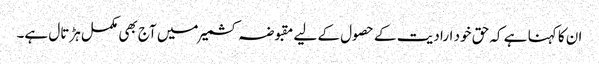
ان کا کہنا ہے کہ حق خود ارادیت کے حصول کے لیے مقبوضہ کشمیر میں آج بھی مکمل ہڑتال ہے۔